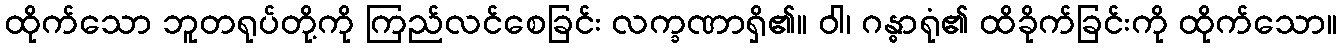
ထိုက်သော ဘူတရုပ်တို့ကို ကြည်လင်စေခြင်း လက္ခဏာရှိ၏။ ဝါ၊ ဂန္ဓာရုံ၏ ထိခိုက်ခြင်းကို ထိုက်သော။